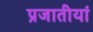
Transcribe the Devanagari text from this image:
प्रजातीयां